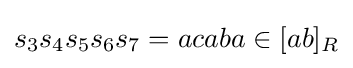
s_{3}s_{4}s_{5}s_{6}s_{7}=acaba\in [ab]_{R}